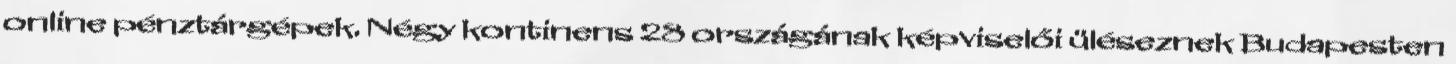
online pénztárgépek. Négy kontinens 28 országának képviselői üléseznek Budapesten